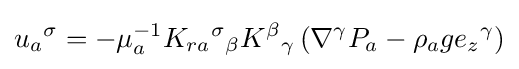
u{_{a}}^{\sigma }=-\mu _{a}^{-1}K_{ra}{^{\sigma }}_{\beta }K{^{\beta }}_{\gamma }\left(\nabla ^{\gamma }P_{a}-\rho _{a}g{e_{z}}{^{\gamma }}\right)